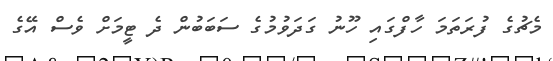
މެޗުގެ ފުރަތަމަ ހާފްގައި ހޫނު ގަދަވުމުގެ ސަބަބުން ދެ ޓީމަށް ވެސް އޭގެ